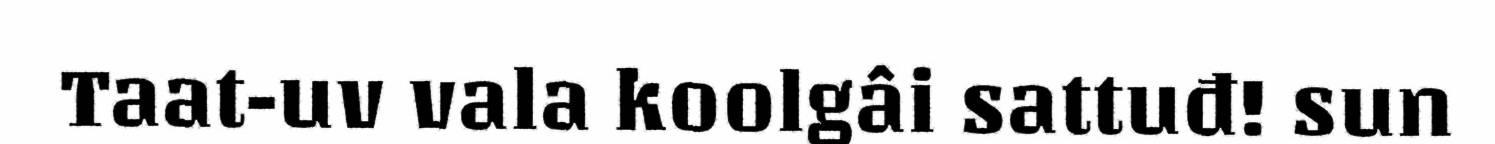
Taat-uv vala koolgâi sattuđ! sun